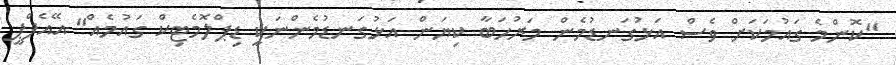
"ކޮންމެ ގައުމަކަށް ވެސް އަޅުގަނޑުމެން މަރުހަބާ ކިޔަން އަޅުގަނޑުމެންނަކީ ޑިޕްލޮމެޓިކް ގައުމެއް" އޭއެފްޕީ